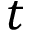
t